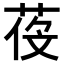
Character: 𦲴